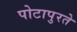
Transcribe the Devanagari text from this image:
पोटापुरते